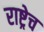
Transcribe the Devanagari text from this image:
राष्ट्रेच